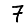
Digit: 7